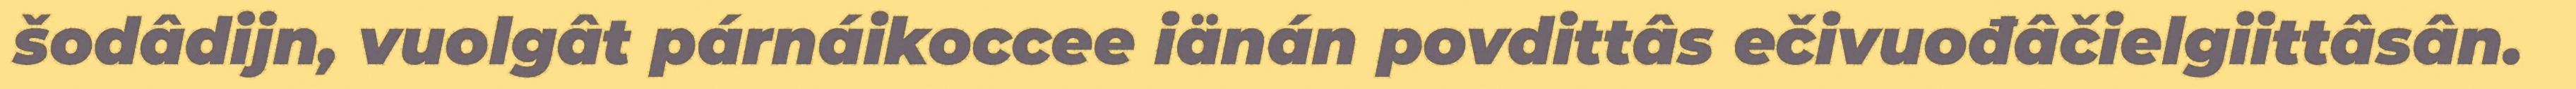
šodâdijn, vuolgât párnáikoccee iänán povdittâs ečivuođâčielgiittâsân.